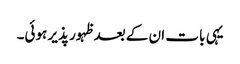
یہی بات ان کے بعد ظہور پذیر ہوئی۔